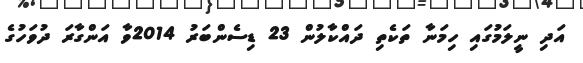
އަދި ނީލަމުގައި ހިމަނާ ތަކެތި ދައްކާލުން 23 ޑިސެންބަރު 2014ވާ އަންގާރަ ދުވަހުގެ